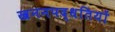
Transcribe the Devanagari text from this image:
खननपद्धतियों